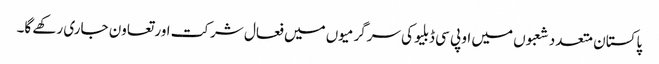
پاکستان متعدد شعبوں میں او پی سی ڈبلیو کی سرگرمیوں میں فعال شرکت اور تعاون جاری رکھے گا۔